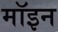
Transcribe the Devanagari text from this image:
मॉइन